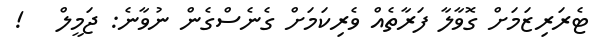
ޓެރަރިޒަމަށް ގޮވާލާ ފަރާތެއް ވެރިކަމަށް ގެނެސްގެން ނުވާނެ: ޖަމީލް   !